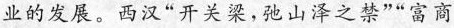
业的发展。西汉“开关梁，弛山泽之禁”“富商